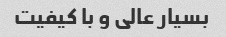
بسیار عالی و با کیفیت